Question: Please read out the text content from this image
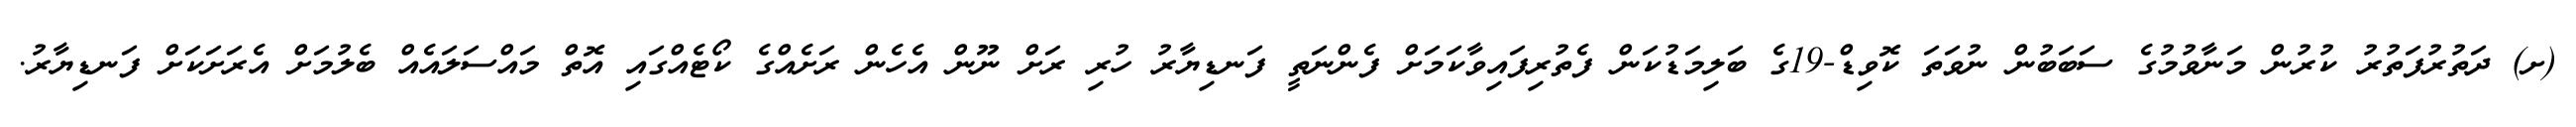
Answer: (ށ) ދަތުރުފަތުރު ކުރުން މަނާވުމުގެ ސަބަބުން ނުވަތަ ކޮވިޑް-19ގެ ބަލިމަޑުކަން ފެތުރިފައިވާކަމަށް ފެންނަތީ ފަނޑިޔާރު ހުރި ރަށް ނޫން އެހެން ރަށެއްގެ ކޯޓެއްގައި އޮތް މައްސަލައެއް ބެލުމަށް އެރަށަކަށް ފަނޑިޔާރު.